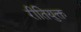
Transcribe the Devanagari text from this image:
रीतियुक्त